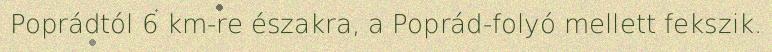
Poprádtól 6 km-re északra, a Poprád-folyó mellett fekszik.